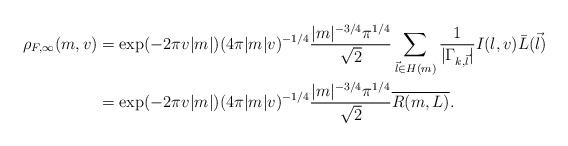
LaTeX: \begin{align*}\rho_{F,\infty}(m,v)&= \exp(-2\pi v|m|) (4\pi|m| v)^{-1/4} \frac{|m|^{-3/4}\pi^{1/4}}{\sqrt{2}} \sum_{\vec{l}\in H(m)} \frac{1}{|\Gamma_{k,\vec{l}}|}I(l,v)\bar{L}(\vec{l})\\&=\exp(-2\pi v|m|) (4\pi|m| v)^{-1/4} \frac{|m|^{-3/4}\pi^{1/4}}{\sqrt{2}} \overline{R(m,L)}.\end{align*}